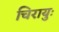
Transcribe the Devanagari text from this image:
चिरायुः